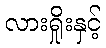
လားရှိုးနှင့်